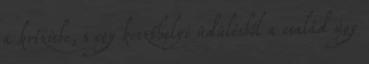
a krízisbe, s egy keszthelyi üdülésből a család úgy